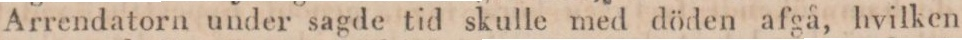
Arrendatorn under sagde tid skulle med döden afgå, hvilken